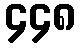
၄၄၈